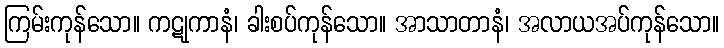
ကြမ်းကုန်သော။ ကဋုကာနံ၊ ခါးစပ်ကုန်သော။ အာသာတာနံ၊ အလာယအပ်ကုန်သော။